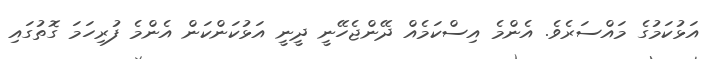
އަޅުކަމުގެ މައްސަރެވެ. އެންމެ އިސްކަމެއް ދޭންޖެހޭނީ ދީނީ އަޅުކަންކަން އެންމެ ފުރިހަމަ ގޮތުގައި